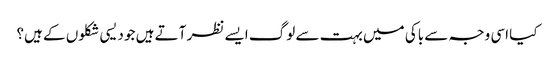
کیا اسی وجہ سے باکی میں بہت سے لوگ ایسے نظر آتے ہیں جو دیسی شکلوں کے ہیں؟